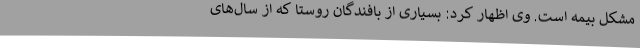
مشکل بیمه است. وی اظهار کرد: بسیاری از بافندگان روستا که از سال‌های